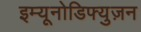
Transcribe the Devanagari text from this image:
इम्यूनोडिफ्युज़न